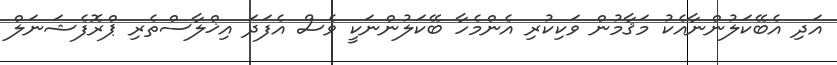
އަދި އެބޭކަލުންނާއެކު މަޤާމުން ވަކިކުރި އެންމެހާ ބޭކަލުންނަކީ ވެސް އެފަދަ އިޚްލާސްތެރި ޕްރޮފެޝަނަލް